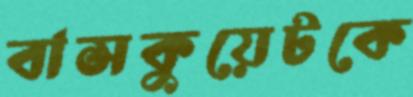
বাসকুয়েটকে